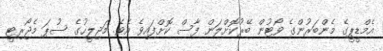
އެމްޑީޕީގެ މެންބަރުންގެ ވޯޓުން ބޭރުކޮށްލަން ފާސް ކޮށްފައިވެ އެވެ. މަޖިލީހުގެ ސުޕަ މެޖޯރިޓީ